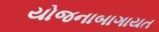
યોજનાબાગાયત